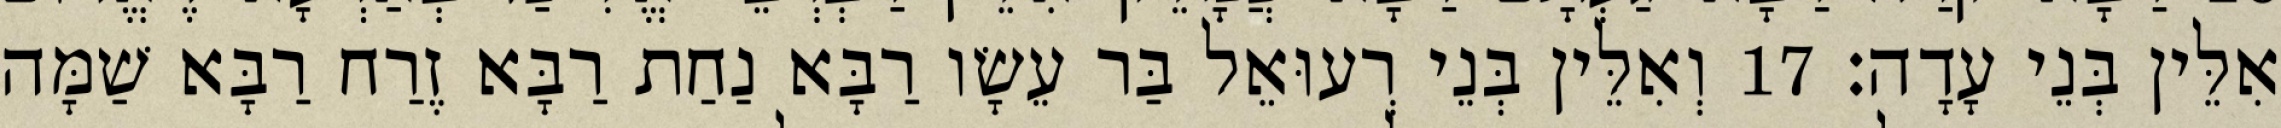
אִלֵּין בְּנֵי עָדָה׃ 17 וְאִלֵּין בְּנֵי רְעוּאֵל בַּר עֵשָׂו רַבָּא נַחַת רַבָּא זֶרַח רַבָּא שַׁמָּה